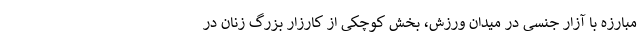
مبارزه با آزار جنسی در میدان ورزش، بخش کوچکی از کارزار بزرگ زنان در